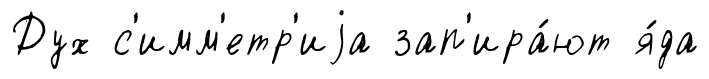
Дух с'имм'етр'иjа зап'ира́ют я́да